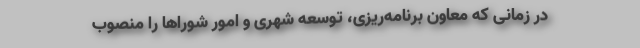
در زمانی که معاون برنامه‌ریزی، توسعه شهری و امور شوراها را منصوب